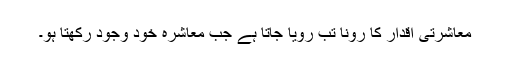
معاشرتی اقدار کا رونا تب رویا جاتا ہے جب معاشرہ خود وجود رکھتا ہو۔